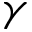
\gamma